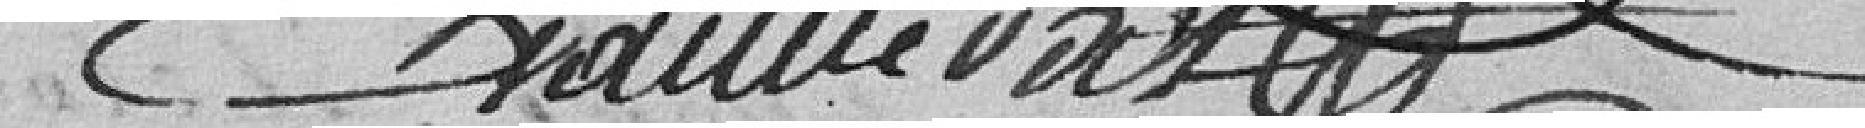
Crammerat